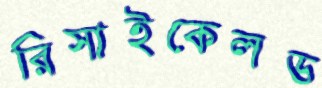
রিসাইকেলড